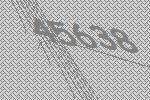
45638